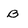
Character: B